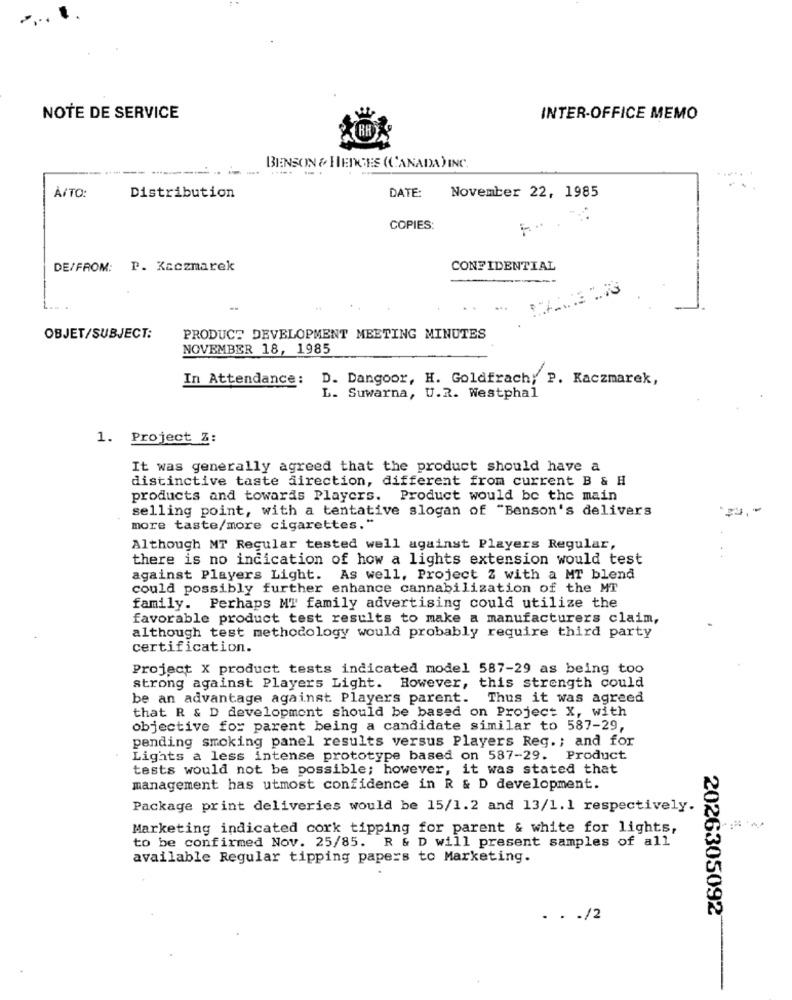
NOTE DE SERVICE
INTER-OFFICE MEMO
BENSON & HEDGES (CANADA) INC.
À/TO:
Distribution
DATE:
November 22, 1985
COPIES:
DE/FROM: P. Kaczmarek
CONFIDENTIAL
OBJET/SUBJECT:
PRODUCT DEVELOPMENT MEETING MINUTES
NOVEMBER 18, 1985
In Attendance: D. Dangoor, H. Goldfrach; P. Kaczmarek,
L. Suwarna, U.R. Westphal
1. Project Z:
It was generally agreed that the product should have a
distinctive taste direction, different from current B & H
products and towards Players. Product would be the main
selling point, with a tentative slogan of "Benson's delivers
more taste/more cigarettes."
Although MT Regular tested well against Players Regular,
there is no indication of how a lights extension would test
against Players Light. As well, Project Z with a MT blend
could possibly further enhance cannabilization of the MT
family. Perhaps MY family advertising could utilize the
favorable product test results to make a manufacturers claim,
although test methodology would probably require third party
certification.
Project X product tests indicated model 587-29 as being too
strong against Players Light.
However, this strength could
be an advantage against Players parent. Thus it was agreed
that R & D development should be based on Project X, with
objective for parent being a candidate similar to 587-29,
pending smoking panel results versus Players Reg .; and for
Lights a less intense prototype based on 587-29. Product
tests would not be possible; however, it was stated that
management has utmost confidence in R & D development.
Package print deliveries would be 15/1.2 and 13/1.1 respectively.
Marketing indicated cork tipping for parent & white for lights,
to be confirmed Nov. 25/85. R & D will present samples of all
available Regular tipping papers to Marketing.
2026305092
. . . /2